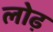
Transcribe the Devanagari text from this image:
लोढ़